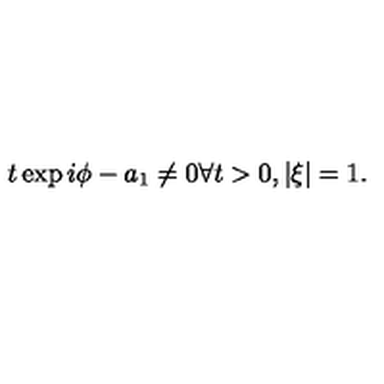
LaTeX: t \exp i \phi - a _ { 1 } \neq 0 \forall t > 0 , | \xi | = 1 .